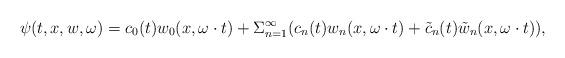
LaTeX: \begin{align*} \psi(t,x,w,\omega)=c_0(t)w_0(x,\omega\cdot t)+{\Sigma}_{n=1}^{\infty}(c_n(t)w_n(x,\omega\cdot t)+\tilde{c}_n(t)\tilde{w}_n(x,\omega\cdot t)), \end{align*}